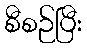
စီစဉ်ပြီး